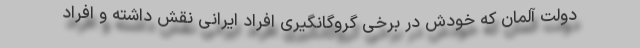
دولت آلمان که خودش در برخی گروگانگیری افراد ایرانی نقش داشته و افراد